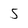
Character: 5